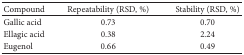
<table><thead><tr><td><b>Compound</b></td><td><b>Repeatability (RSD, %) </b></td><td><b>Stability (RSD, %)</b></td></tr></thead><tbody><tr><td>Gallic acid </td><td>0.73 </td><td>0.70 </td></tr><tr><td>Ellagic acid</td><td>0.38 </td><td>2.24 </td></tr><tr><td>Eugenol</td><td>0.66 </td><td>0.49 </td></tr></tbody></table>